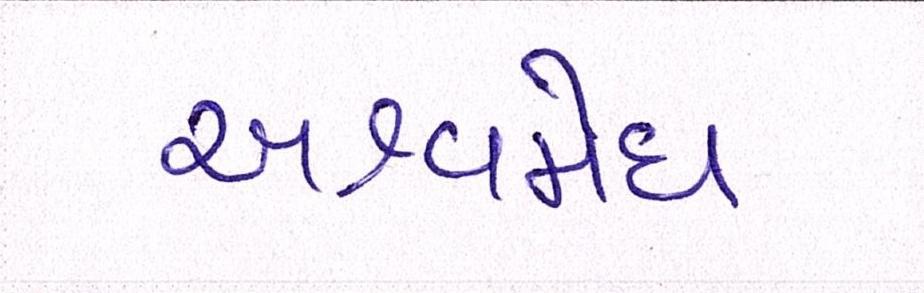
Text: અશ્વમેઘ